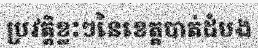
ប្រវត្តិខ្លះៗនៃខេត្តបាត់ដំបង